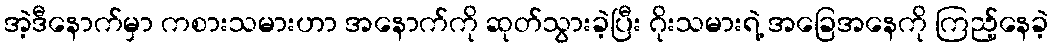
အဲ့ဒီနောက်မှာ ကစားသမားဟာ အနောက်ကို ဆုတ်သွားခဲ့ပြီး ဂိုးသမားရဲ့ အခြေအနေကို ကြည့်နေခဲ့